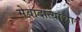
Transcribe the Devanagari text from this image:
सेवादात्यांचा